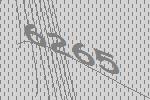
6265